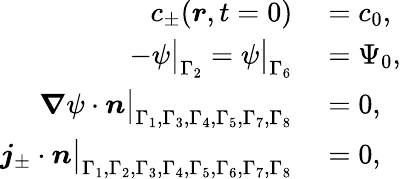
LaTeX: \begin{array}{rl}{c_{\pm}(\boldsymbol{r},t=0)}&{{}=c_{0},}\\ {-\psi\big|_{\Gamma_{2}}=\psi\big|_{\Gamma_{6}}}&{{}=\Psi_{0},}\\ {\boldsymbol{\nabla}\psi\cdot\boldsymbol{n}\big|_{\Gamma_{1},\Gamma_{3},\Gamma_{4},\Gamma_{5},\Gamma_{7},\Gamma_{8}}}&{{}=0,}\\ {\boldsymbol{j}_{\pm}\cdot\boldsymbol{n}\big|_{\Gamma_{1},\Gamma_{2},\Gamma_{3},\Gamma_{4},\Gamma_{5},\Gamma_{6},\Gamma_{7},\Gamma_{8}}}&{{}=0,}\end{array}